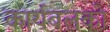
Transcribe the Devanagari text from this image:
कार्यबलको